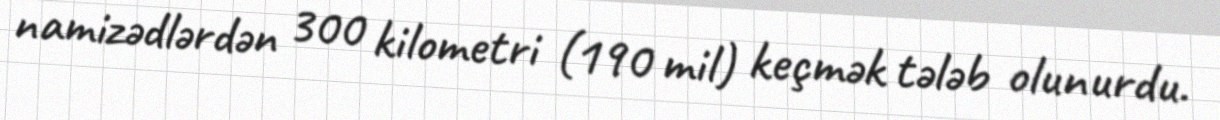
namizədlərdən 300 kilometri (190 mil) keçmək tələb olunurdu.